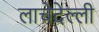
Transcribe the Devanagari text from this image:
लाचेदेल्ली